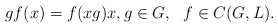
\begin{align*}gf(x)=f(xg)x,g\in G, ~~f\in C(G,L).\end{align*}